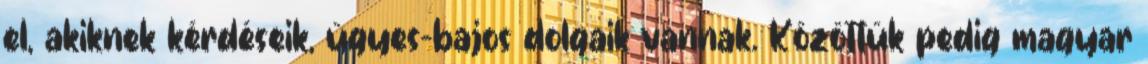
el, akiknek kérdéseik, ügyes-bajos dolgaik vannak. Közöttük pedig magyar